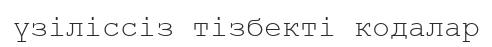
үзіліссіз тізбекті кодалар